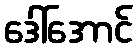
ဒေါ်အောင်